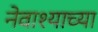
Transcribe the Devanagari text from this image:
नेवाश्याच्या